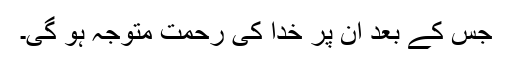
جس کے بعد ان پر خدا کی رحمت متوجہ ہو گی۔